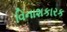
વિનાશકારક